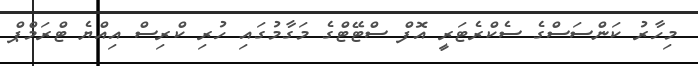
މިހާރު ކަންސަސްގެ ސެކްރެޓަރީ އޮފް ސްޓޭޓްގެ މަގާމުގައި ހުރި ކްރިސް އިއްޔެ ޓްރަމްޕް